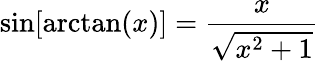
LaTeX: \sin[\arctan(x)]={\frac{x}{\sqrt{x^{2}+1}}}